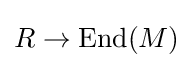
R\to \operatorname {End} (M)